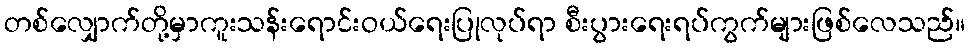
တစ်လျှောက်တို့မှာကူးသန်းရောင်းဝယ်ရေးပြုလုပ်ရာ စီးပွားရေးရပ်ကွက်များဖြစ်လေသည်။